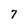
Character: 7